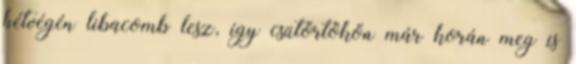
hétvégén libacomb lesz, így csütörtökön már korán meg is